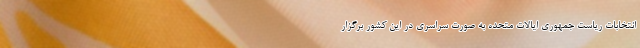
انتخابات ریاست جمهوری ایالات متحده به صورت سراسری در این کشور برگزار